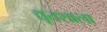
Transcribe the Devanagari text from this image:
द्यूतशाला